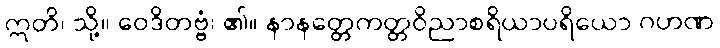
ဣတိ၊ သို့။ ဝေဒိတဗ္ဗံ၊ ၏။ နာနတ္တေကတ္တဝိညာစရိယာပရိယော ဂဟဏ